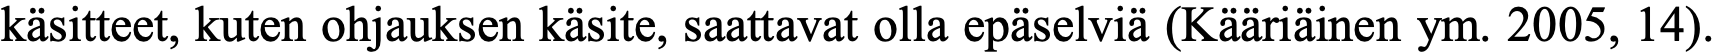
käsitteet, kuten ohjauksen käsite, saattavat olla epäselviä (Kääriäinen ym. 2005, 14).